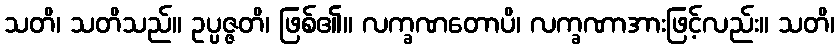
သတိ၊ သတိသည်။ ဥပ္ပဇ္ဇတိ၊ ဖြစ်၏။ လက္ခဏတောပိ၊ လက္ခဏာအားဖြင့်လည်း။ သတိ၊